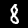
Digit: 8